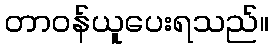
တာဝန်ယူပေးရသည်။